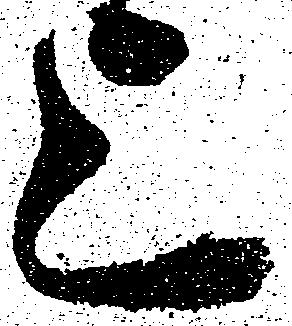
上